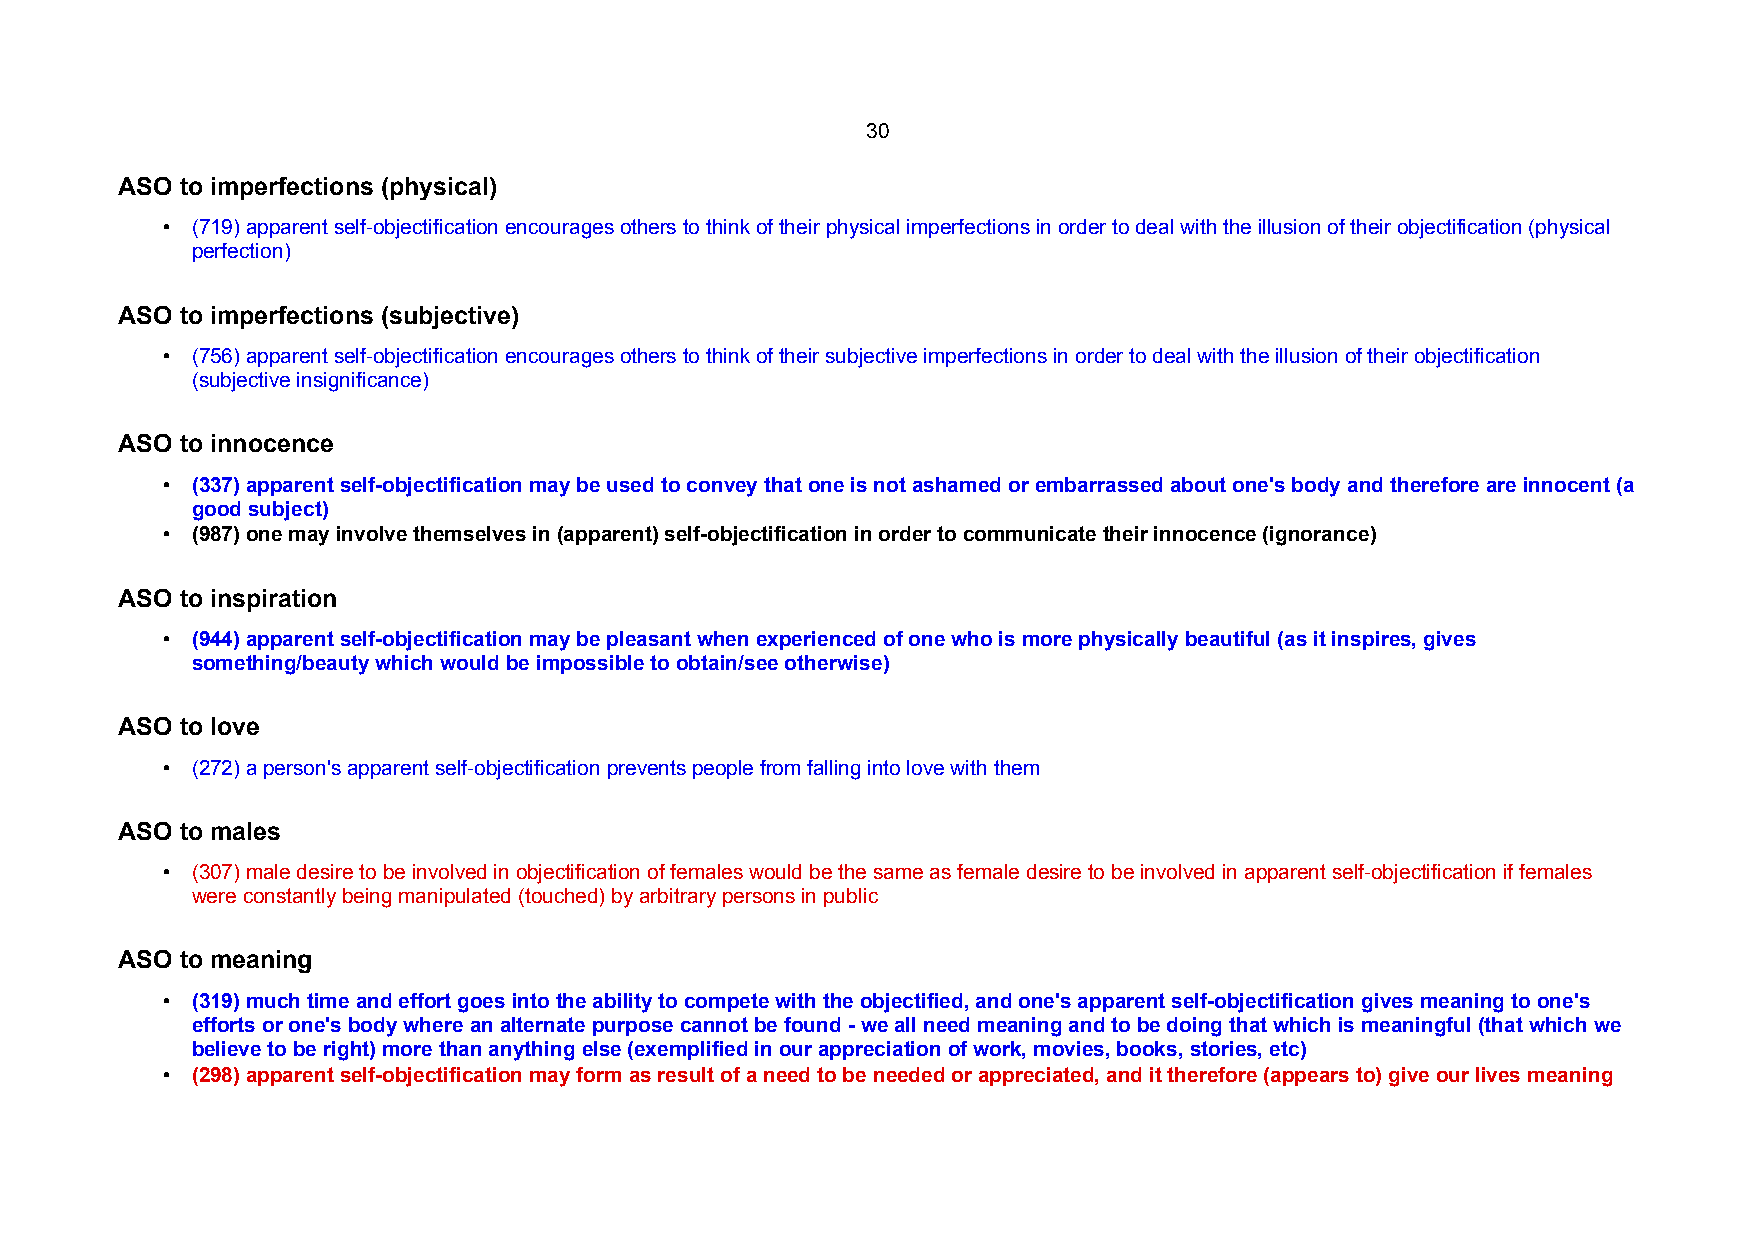
30
 ASO to imperfections (physical)
 • (719) apparent self-objectification encourages others to think of their physical imperfections in order to deal with the illusion of their objectification (physical
 perfection)
 ASO to imperfections (subjective)
 • (756) apparent self-objectification encourages others to think of their subjective imperfections in order to deal with the illusion of their objectification
 (subjective insignificance)
 ASO to innocence
 • (337) apparent self-objectification may be used to convey that one is not ashamed or embarrassed about one's body and therefore are innocent (a
 good subject)
 • (987) one may involve themselves in (apparent) self-objectification in order to communicate their innocence (ignorance)
 ASO to inspiration
 • (944) apparent self-objectification may be pleasant when experienced of one who is more physically beautiful (as it inspires, gives
 something/beauty which would be impossible to obtain/see otherwise)
 ASO to love
 • (272) a person's apparent self-objectification prevents people from falling into love with them
 ASO to males
 • (307) male desire to be involved in objectification of females would be the same as female desire to be involved in apparent self-objectification if females
 were constantly being manipulated (touched) by arbitrary persons in public
 ASO to meaning
 • (319) much time and effort goes into the ability to compete with the objectified, and one's apparent self-objectification gives meaning to one's
 efforts or one's body where an alternate purpose cannot be found - we all need meaning and to be doing that which is meaningful (that which we
 believe to be right) more than anything else (exemplified in our appreciation of work, movies, books, stories, etc)
 • (298) apparent self-objectification may form as result of a need to be needed or appreciated, and it therefore (appears to) give our lives meaning